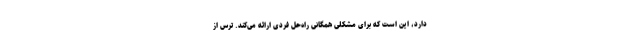
دارد، این است که برای مشکلی همگانی راه‌حل فردی ارائه می‌کند. ترس از